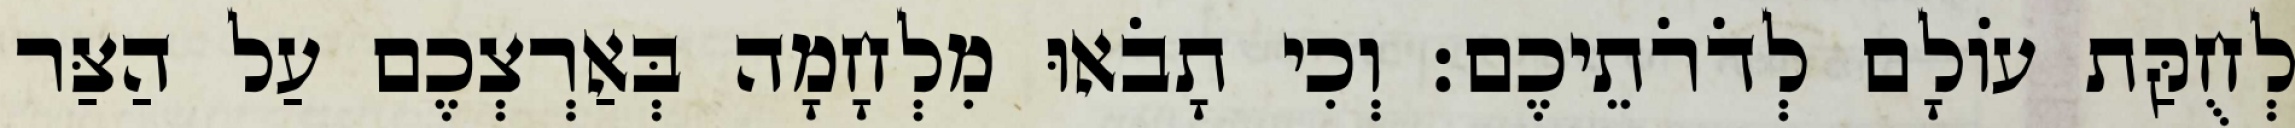
לְחֻקַּת עוֹלָם לְדֹרֹתֵיכֶם׃ וְכִי תָבֹאוּ מִלְחָמָה בְּאַרְצְכֶם עַל הַצַּר